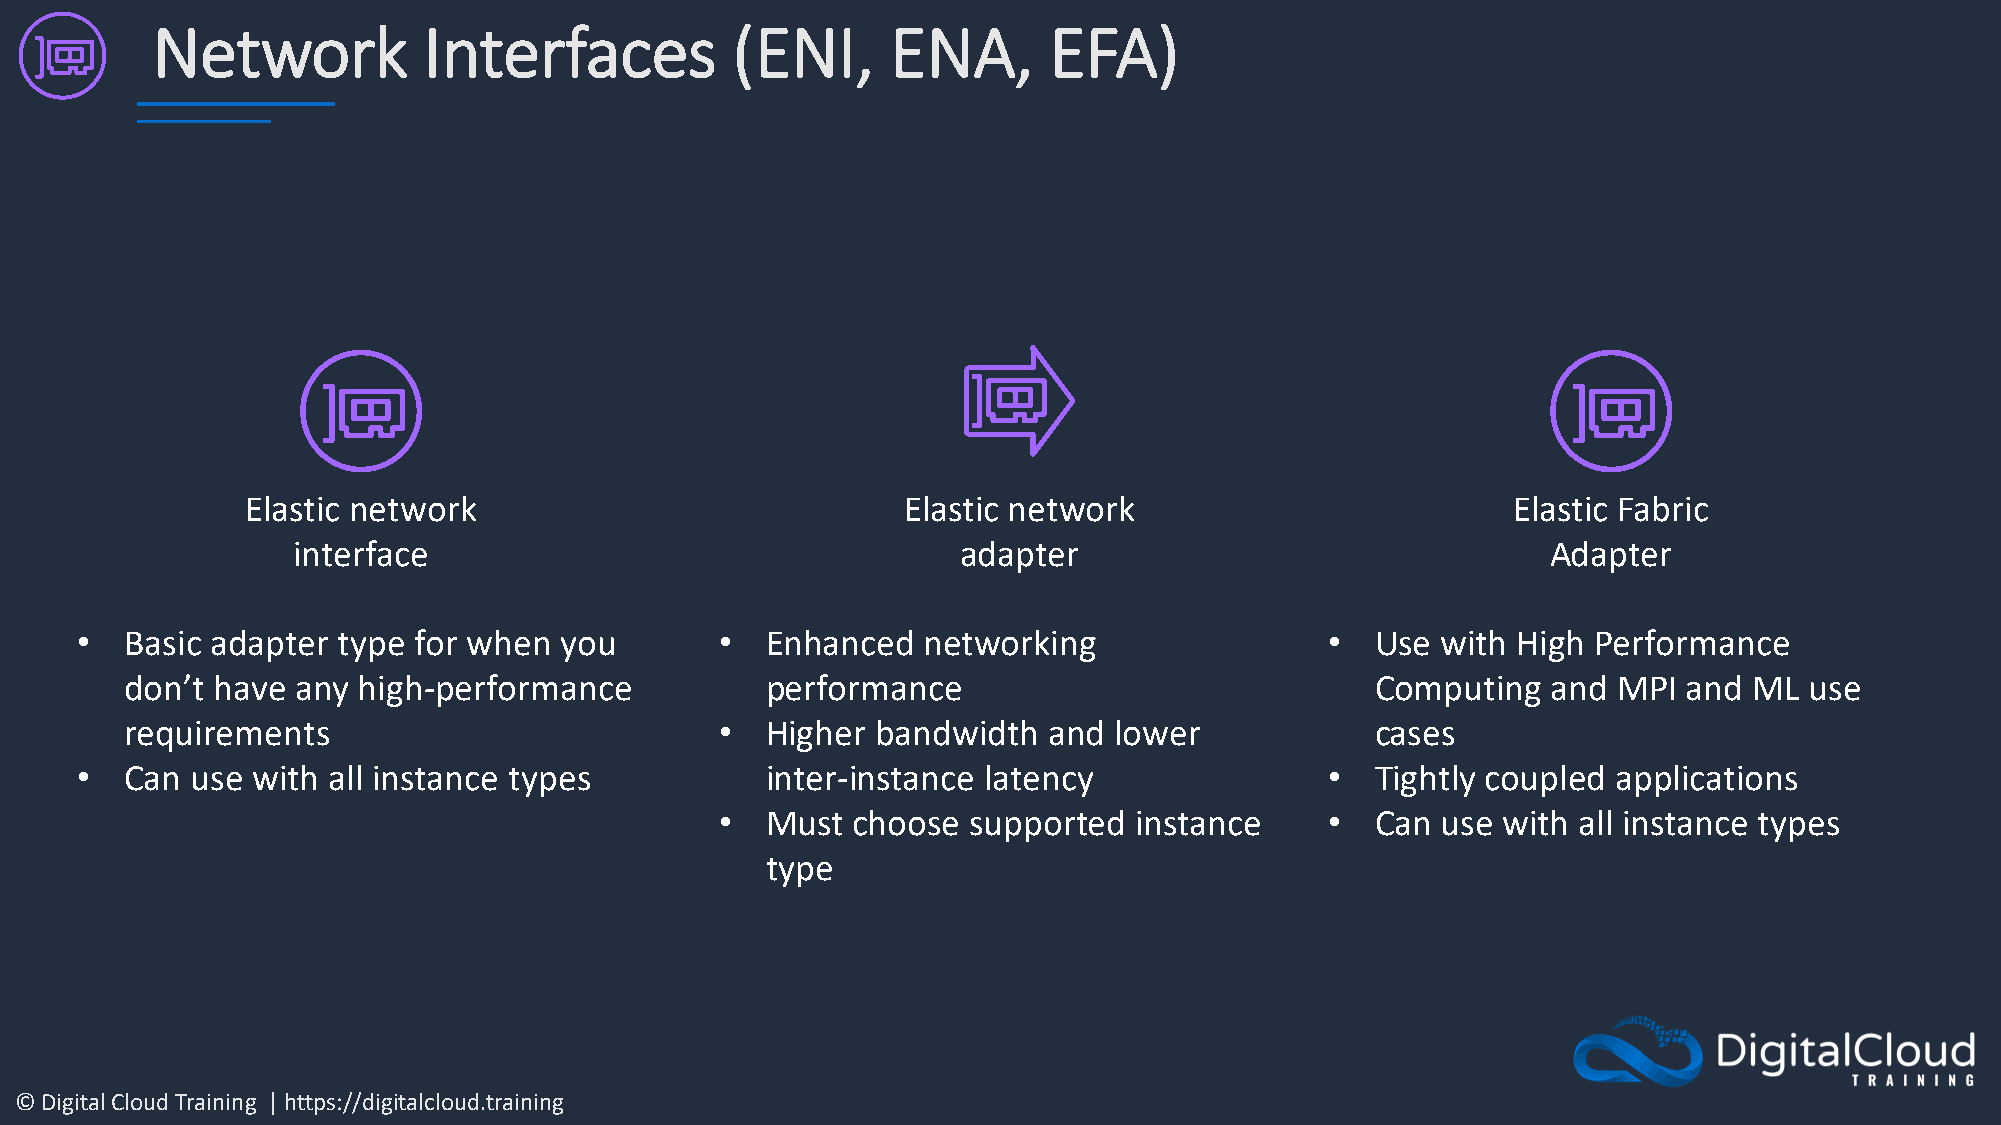
Network           Interfaces          (ENI,      ENA,      EFA)
 Elastic network                             Elastic network                         Elastic Fabric
 interface                                    adapter                                Adapter
 •  Basic adapter type for when  you        •  Enhanced  networking                 •  Use with High  Performance
 don’t have  any high-performance           performance                             Computing   and MPI  and ML  use
 requirements                            •  Higher bandwidth  and  lower            cases
 •  Can  use with all instance types           inter-instance latency               •  Tightly coupled applications
 •  Must choose  supported  instance     •  Can use with all instance types
 type
 © Digital Cloud Training | https://digitalcloud.training